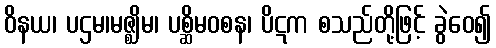
ဝိနယ၊ ပဌမ၊မဇ္ဈိမ၊ ပစ္ဆိမဝစန၊ ပိဋက စသည်တို့ဖြင့် ခွဲဝေ၍